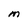
Character: M